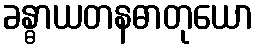
ခန္ဓာယတနဓာတုယော